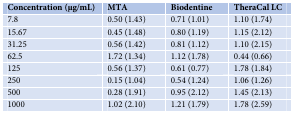
<table><thead><tr><td><b>Concentration (μg/mL)</b></td><td><b>MTA</b></td><td><b>Biodentine</b></td><td><b>TheraCal LC</b></td></tr></thead><tbody><tr><td>7.8</td><td>0.50 (1.43)</td><td>0.71 (1.01)</td><td>1.10 (1.74)</td></tr><tr><td>15.67</td><td>0.45 (1.48)</td><td>0.80 (1.19)</td><td>1.15 (2.12)</td></tr><tr><td>31.25</td><td>0.56 (1.42)</td><td>0.81 (1.12)</td><td>1.10 (2.15)</td></tr><tr><td>62.5</td><td>1.72 (1.34)</td><td>1.12 (1.78)</td><td>0.44 (0.66)</td></tr><tr><td>125</td><td>0.56 (1.37)</td><td>0.61 (0.77)</td><td>1.78 (1.84)</td></tr><tr><td>250</td><td>0.15 (1.04)</td><td>0.54 (1.24)</td><td>1.06 (1.26)</td></tr><tr><td>500</td><td>0.28 (1.91)</td><td>0.95 (2.12)</td><td>1.45 (2.13)</td></tr><tr><td>1000</td><td>1.02 (2.10)</td><td>1.21 (1.79)</td><td>1.78 (2.59)</td></tr></tbody></table>